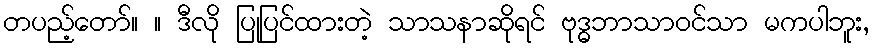
တပည့်တော်။ ။ ဒီလို ပြုပြင်ထားတဲ့ သာသနာဆိုရင် ဗုဒ္ဓဘာသာဝင်သာ မကပါဘူး,